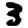
Digit: 3